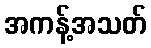
အကန့်အသတ်